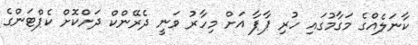
ކާނަލެއްގެ މަގާމުގައި ހުރި ޕާޕާ އަށް މިހާރު ވަނީ ދެރޭންކް ދަށްކޮށް ކެޕްޓަންގެ